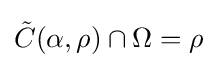
{\tilde {C}}(\alpha ,\rho )\cap \Omega =\rho